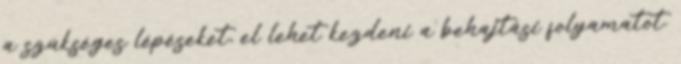
a szükséges lépéseket, el lehet kezdeni a behajtási folyamatot.